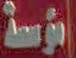
المتوسطة